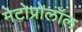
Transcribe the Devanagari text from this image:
मेटोप्रोलॉल